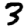
Digit: 3